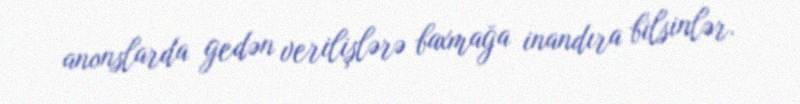
anonslarda gedən verilişlərə baxmağa inandıra bilsinlər.